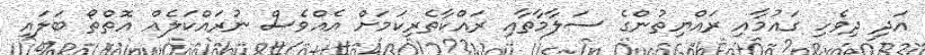
އަދި ދިވެހި ގައުމާއި ރައްޔިތުންގެ ސަލާމާތާއި ރައްކާތެރިކަމަށް އެއްވެސް ނުރައްކަލެއް އޮތްތޯ ބަލައި